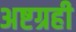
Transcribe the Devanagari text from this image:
अष्टग्रही